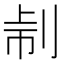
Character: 𠜔